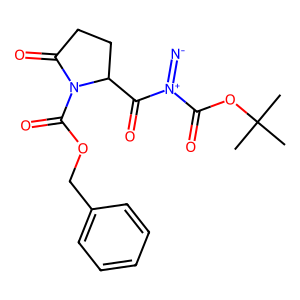
SMILES: CC(C)(C)OC(=O)[N+](=[N-])C(=O)C1CCC(=O)N1C(=O)OCc1ccccc1
Inhibits HIV replication: No